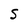
Character: S